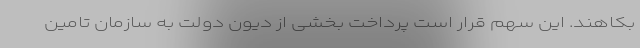
بکاهند. این سهم قرار است پرداخت بخشی از دیون دولت به سازمان تامین